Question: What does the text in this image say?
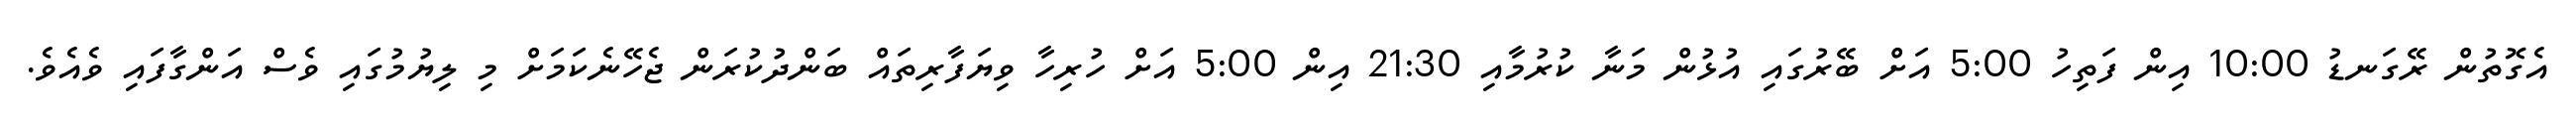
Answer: އެގޮތުން ރޭގަނޑު 10:00 އިން ފަތިހު 5:00 އަށް ބޭރުގައި އުޅުން މަނާ ކުރުމާއި 21:30 އިން 5:00 އަށް ހުރިހާ ވިޔަފާރިތައް ބަންދުކުރަން ޖެހޭނެކަމަށް މި ލިޔުމުގައި ވެސް އަންގާފައި ވެއެވެ.